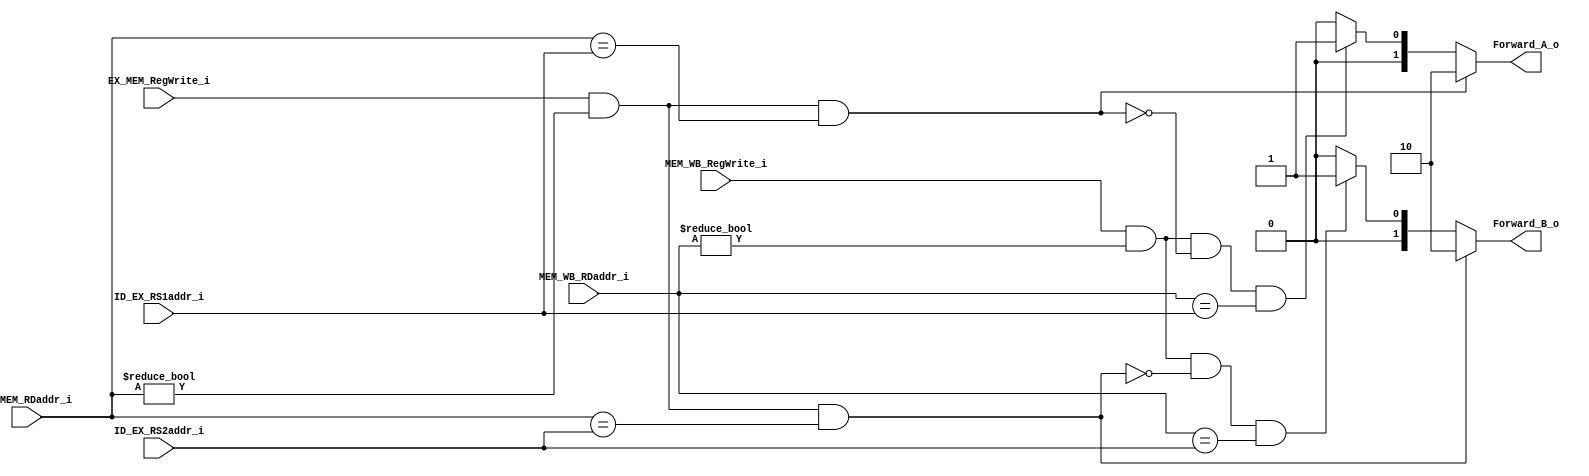
module Forwarding(
    input [4:0] ID_EX_RS1addr_i,
    input [4:0] ID_EX_RS2addr_i,
    input [4:0] EX_MEM_RDaddr_i,
    input EX_MEM_RegWrite_i,
    input [4:0] MEM_WB_RDaddr_i,
    input MEM_WB_RegWrite_i,

    output [1:0] Forward_A_o,
    output [1:0] Forward_B_o
);

assign Forward_A_o = (EX_MEM_RegWrite_i && (EX_MEM_RDaddr_i != 0) && (EX_MEM_RDaddr_i == ID_EX_RS1addr_i)) ? 2'b10 :
                     (MEM_WB_RegWrite_i && (MEM_WB_RDaddr_i != 0) && !(EX_MEM_RegWrite_i && (EX_MEM_RDaddr_i != 0) && (EX_MEM_RDaddr_i == ID_EX_RS1addr_i)) && (MEM_WB_RDaddr_i == ID_EX_RS1addr_i)) ? 2'b01 :
                     2'b00;

assign Forward_B_o = (EX_MEM_RegWrite_i && (EX_MEM_RDaddr_i != 0) && (EX_MEM_RDaddr_i == ID_EX_RS2addr_i)) ? 2'b10 :
                     (MEM_WB_RegWrite_i && (MEM_WB_RDaddr_i != 0) && !(EX_MEM_RegWrite_i && (EX_MEM_RDaddr_i != 0) && (EX_MEM_RDaddr_i == ID_EX_RS2addr_i)) && (MEM_WB_RDaddr_i == ID_EX_RS2addr_i)) ? 2'b01 :
                     2'b00;


endmodule


/*
always @(*) begin // unknown assign
    // EX hazard
    Forward_A_o = 2'b00;
    Forward_B_o = 2'b00;
    if (EX_MEM_RegWrite_i
        && (EX_MEM_RDaddr_i != 0)
        && (EX_MEM_RDaddr_i == ID_EX_RS1addr_i)
    ) begin
        Forward_A_o = 2'b10;
    end
    if (EX_MEM_RegWrite_i
        && (EX_MEM_RDaddr_i != 0)
        && (EX_MEM_RDaddr_i == ID_EX_RS2addr_i)
    ) begin
        Forward_B_o = 2'b10;
    end
     //MEM hazard
    if(MEM_WB_RegWrite_i && (MEM_WB_RDaddr_i != 0) && !(EX_MEM_RegWrite_i && (EX_MEM_RDaddr_i != 0) && (EX_MEM_RDaddr_i == ID_EX_RS1addr_i)) &&(MEM_WB_RDaddr_i == ID_EX_RS1addr_i))begin
        Forward_A_o = 2'b01;
    end
    if(MEM_WB_RegWrite_i && (MEM_WB_RDaddr_i != 0) && !(EX_MEM_RegWrite_i && (EX_MEM_RDaddr_i != 0) && (EX_MEM_RDaddr_i == ID_EX_RS2addr_i)) &&(MEM_WB_RDaddr_i == ID_EX_RS2addr_i))begin
        Forward_B_o = 2'b01;
    end
end
*/